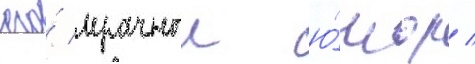
его́ мрачныи ю́мор /